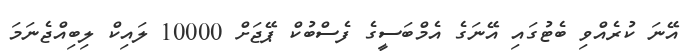
އޭނަ ކުރެއްވި ބެޓުގައި އޭނަގެ އެމްބަސީގެ ފެސްބުކް ޕޭޖަށް 10000 ލައިކް ލިބިއްޖެނަމަ